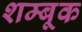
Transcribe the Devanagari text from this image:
शम्बूक